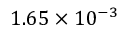
1 . 6 5 \times 1 0 ^ { - 3 }